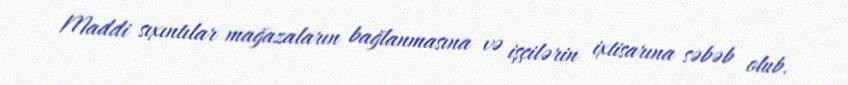
Maddi sıxıntılar mağazaların bağlanmasına və işçilərin ixtisarına səbəb olub.